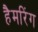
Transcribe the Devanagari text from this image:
हैमरिंग